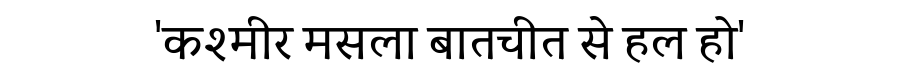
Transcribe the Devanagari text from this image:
'कश्मीर मसला बातचीत से हल हो'